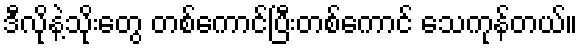
ဒီလိုနဲ့သိုးတွေ တစ်ကောင်ပြီးတစ်ကောင် သေကုန်တယ်။